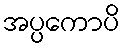
အပ္ပကောပိ